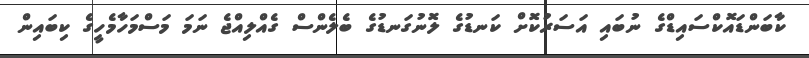
ކާބަންޑައޮކްސައިޑްގެ ނުބައި އަސަރުކޮށް ކަނޑުގެ ލޮނުގަނޑުގެ ބެލެންސް ގެއްލިއްޖެ ނަމަ މަސްމަހާމެހީގެ ކިބައިން